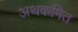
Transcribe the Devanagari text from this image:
अथकमित